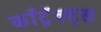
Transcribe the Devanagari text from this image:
काँट्रॅक्ट्स